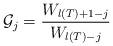
LaTeX: \begin{align*} \mathcal{G}_j = \dfrac{W_{l(T)+1-j}}{W_{l(T)-j}} \end{align*}